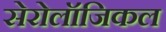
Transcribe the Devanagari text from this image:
सेरोलॉजिकल